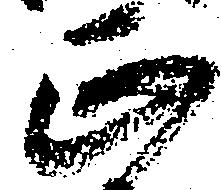
正